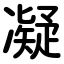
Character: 凝